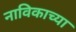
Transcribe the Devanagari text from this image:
नाविकाच्या